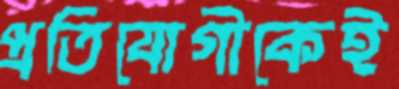
প্রতিযোগীকেই